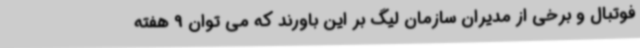
فوتبال و برخی از مدیران سازمان لیگ بر این باورند که می توان 9 هفته